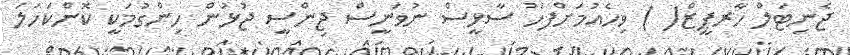
ޖެނިޓަލް ހާރޕީޒް( ) ވިހެއުމަށްފަހު ސާޅީސް ނުވަނީސް ޖިންސީ ޖުޅުން ހިންގުމަކީ ކޮންކަހަލަ